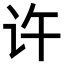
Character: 许